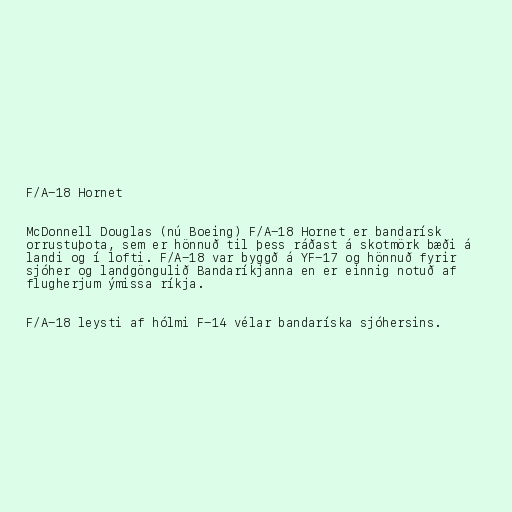
F/A-18 Hornet

McDonnell Douglas (nú Boeing) F/A-18 Hornet er bandarísk
orrustuþota, sem er hönnuð til þess ráðast á skotmörk bæði á
landi og í lofti. F/A-18 var byggð á YF-17 og hönnuð fyrir
sjóher og landgöngulið Bandaríkjanna en er einnig notuð af
flugherjum ýmissa ríkja.

F/A-18 leysti af hólmi F-14 vélar bandaríska sjóhersins.